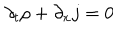
\partial _ { t } \rho + \partial _ { x } j = 0